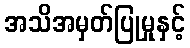
အသိအမှတ်ပြုမှုနှင့်